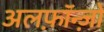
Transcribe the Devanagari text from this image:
अलफ़ॉन्ज़ो